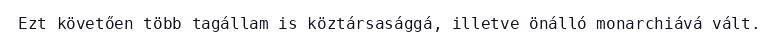
Ezt követően több tagállam is köztársasággá, illetve önálló monarchiává vált.